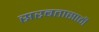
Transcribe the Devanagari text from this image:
सरबतासाठी